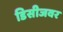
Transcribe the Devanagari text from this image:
डिसीजवर